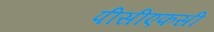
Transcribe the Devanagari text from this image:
पीसीएफसी